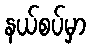
နယ်စပ်မှာ